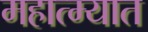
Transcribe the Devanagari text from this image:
महात्म्यात